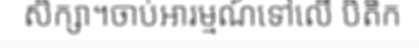
សិក្សា។ចាប់អារម្មណ៍ទៅលើ បិតិក